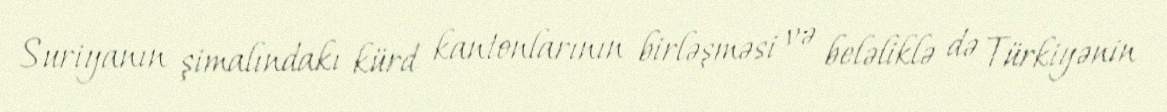
Suriyanın şimalındakı kürd kantonlarının birləşməsi və beləliklə də Türkiyənin